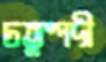
চতুষ্পদী